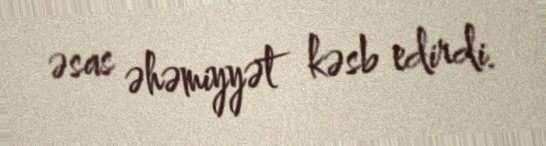
əsas əhəmiyyət kəsb edirdi.